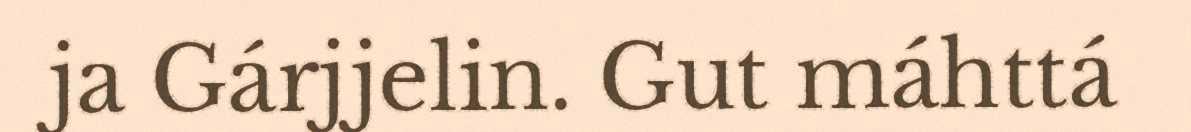
ja Gárjjelin. Gut máhttá